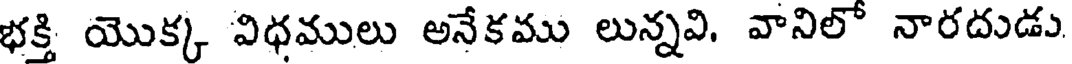
భక్తి యొక్క విధములు అనేకము లున్నవి. వానిలో నారదుడు